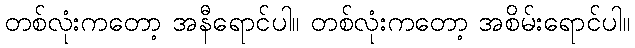
တစ်လုံးကတော့ အနီရောင်ပါ။ တစ်လုံးကတော့ အစိမ်းရောင်ပါ။